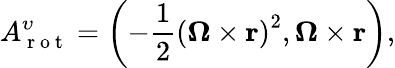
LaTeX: A_{\mathrm{~r~o~t~}}^{\upsilon}=\left(-\frac{1}{2}\left(\boldsymbol{\Omega}\times\mathbf{r}\right)^{2},\boldsymbol{\Omega}\times\mathbf{r}\right),